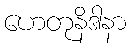
ဟေတုနိဒါနာ